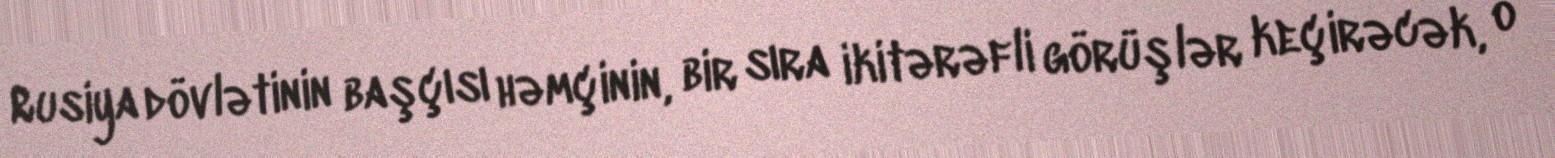
Rusiya dövlətinin başçısı həmçinin, bir sıra ikitərəfli görüşlər keçirəcək, o